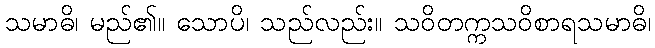
သမာဓိ၊ မည်၏။ သောပိ၊ သည်လည်း။ သဝိတက္ကသဝိစာရသမာဓိ၊